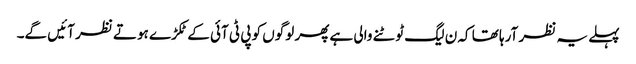
پہلے یہ نظر آرہا تھا کہ ن لیگ ٹوٹنے والی ہے پھر لوگوں کو پی ٹی آئی کے ٹکڑے ہوتے نظر آئیں گے۔